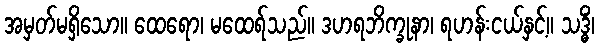
အမှတ်မရှိသော။ ထေရော၊ မထေရ်သည်။ ဒဟရဘိက္ခုနာ၊ ရဟန်းငယ်နှင့်။ သဒ္ဓိံ၊